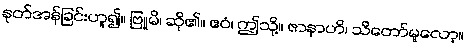
နုတ်အန်ခြင်းဟူ၍။ ဗြူမိ၊ ဆို၏။ ဧဝံ၊ ဤသို့။ ဇာနာဟိ၊ သိတော်မူလော့။